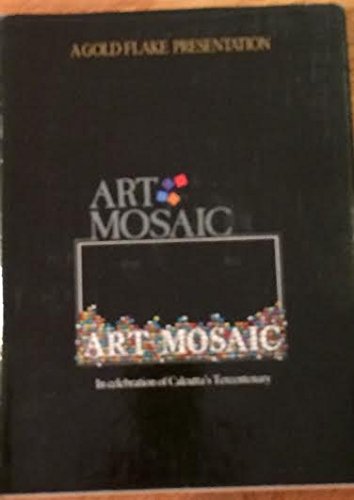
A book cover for Art Mosaic: In Celebration of Calcutta's Tercentenary (A Gold Flake Presentation); Arts & Photography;